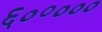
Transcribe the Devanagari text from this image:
६०॰०००